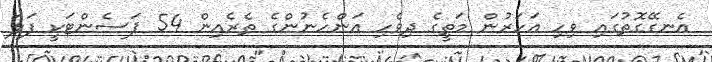
އެނގޭގޮތުގައި ވިހި އަހަރުން މަތީގެ ދިވެހި އަންހެނުންގެ ތެރެއިން 54 ޕަސެންޓަކީ ފަލަ